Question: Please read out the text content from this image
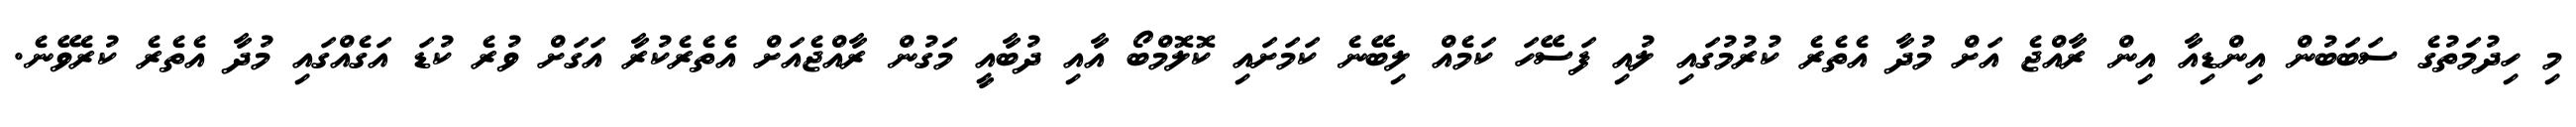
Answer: މި ހިދުމަތުގެ ސަބަބުން އިންޑިއާ އިން ރާއްޖެ އަށް މުދާ އެތެރެ ކުރުމުގައި ލުއި ފަސޭހަ ކަމެއް ލިބޭނެ ކަމަށައި ކޮލޮމްބޯ އާއި ދުބާއީ މަގުން ރާއްޖެއަށް އެތެރެކުރާ އަގަށް ވުރެ ކުޑަ އަގެއްގައި މުދާ އެތެރެ ކުރެވޭނެ.